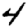
Digit: 4